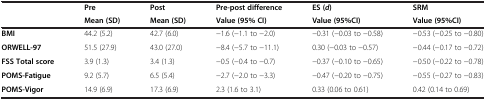
<table><thead><tr><td><b> </b></td><td><b>Pre</b></td><td><b>Post</b></td><td><b>Pre-post difference</b></td><td><b>ES ( <i>d </i>)</b></td><td><b>SRM</b></td></tr><tr><td><b> </b></td><td><b>Mean (SD)</b></td><td><b>Mean (SD)</b></td><td><b>Value (95% CI)</b></td><td><b>Value (95%CI)</b></td><td><b>Value (95%CI)</b></td></tr></thead><tbody><tr><td><b>BMI</b></td><td>44.2 (5.2)</td><td>42.7 (6.0)</td><td>−1.6 (−1.1 to −2.0)</td><td>−0.31 (−0.03 to −0.58)</td><td>−0.53 (−0.25 to −0.80)</td></tr><tr><td><b>ORWELL-97</b></td><td>51.5 (27.9)</td><td>43.0 (27.0)</td><td>−8.4 (−5.7 to −11.1)</td><td>0.30 (−0.03 to −0.57)</td><td>−0.44 (−0.17 to −0.72)</td></tr><tr><td><b>FSS Total score</b></td><td>3.9 (1.3)</td><td>3.4 (1.3)</td><td>−0.5 (−0.4 to −0.7)</td><td>−0.37 (−0.10 to −0.65)</td><td>−0.50 (−0.22 to −0.78)</td></tr><tr><td><b>POMS-Fatigue</b></td><td>9.2 (5.7)</td><td>6.5 (5.4)</td><td>−2.7 (−2.0 to −3.3)</td><td>−0.47 (−0.20 to −0.75)</td><td>−0.55 (−0.27 to −0.83)</td></tr><tr><td><b>POMS-Vigor</b></td><td>14.9 (6.9)</td><td>17.3 (6.9)</td><td>2.3 (1.6 to 3.1)</td><td>0.33 (0.06 to 0.61)</td><td>0.42 (0.14 to 0.69)</td></tr></tbody></table>